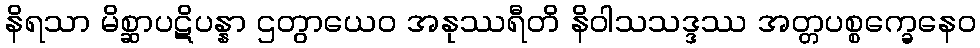
နိရသာ မိစ္ဆာပဋိပန္နာ ဌတွာယေဝ အနုဿရီတိ နိဝါသသဒ္ဒဿ အတ္တပစ္စက္ခေနေဝ